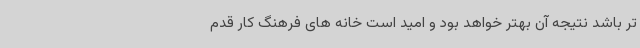
تر باشد نتیجه آن بهتر خواهد بود و امید است خانه های فرهنگ کار قدم